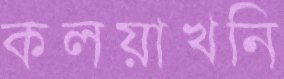
কলয়াখনি